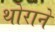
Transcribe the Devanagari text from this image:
थोराने